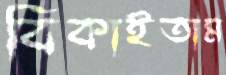
বিকাইতাম